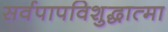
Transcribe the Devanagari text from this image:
सर्वपापविशुद्धात्मा